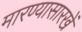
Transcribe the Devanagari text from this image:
मारण्यासारखें